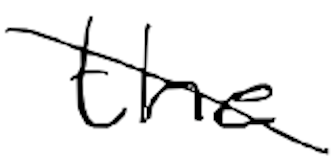
Text: the
Cross-out: diagonal
Writing tool: digital_black